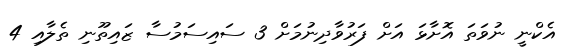
އެކްނީ ނުވަތަ އޮށާޅަ އަށް ފަރުވާދިނުމަށް 3 ސައިސަމުސާ ޒައިތޫނި ތެލާއި 4